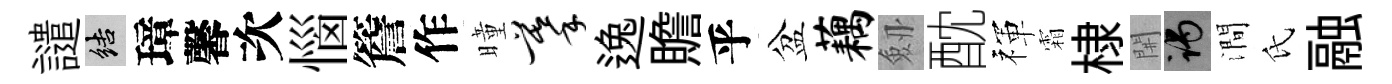
譴結璋馨次惱簷作曈摹逸贍乎盆藕劔酖禈霜棣𨳩谒澗氏融